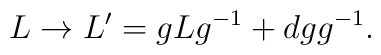
L\rightarrow L'=gLg^{-1}+dgg^{-1}.